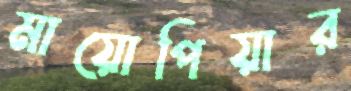
মায়োপিয়ার